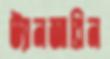
ট্যানজারিন